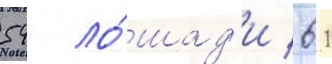
54 ло́шад'и / 61